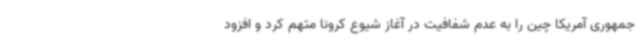
جمهوری آمریکا چین را به عدم شفافیت در آغاز شیوع کرونا متهم کرد و افزود